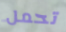
تحمل